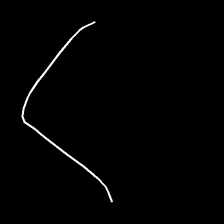
Glyph: region